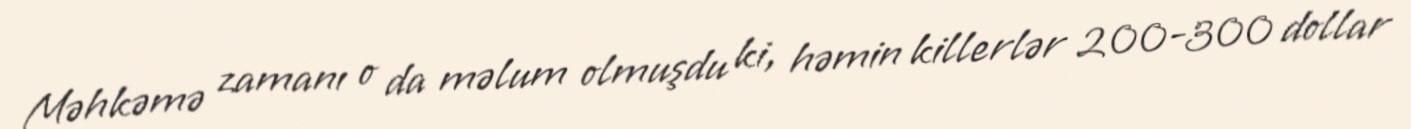
Məhkəmə zamanı o da məlum olmuşdu ki, həmin killerlər 200-300 dollar